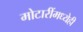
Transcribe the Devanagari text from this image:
मोटारींमध्येही